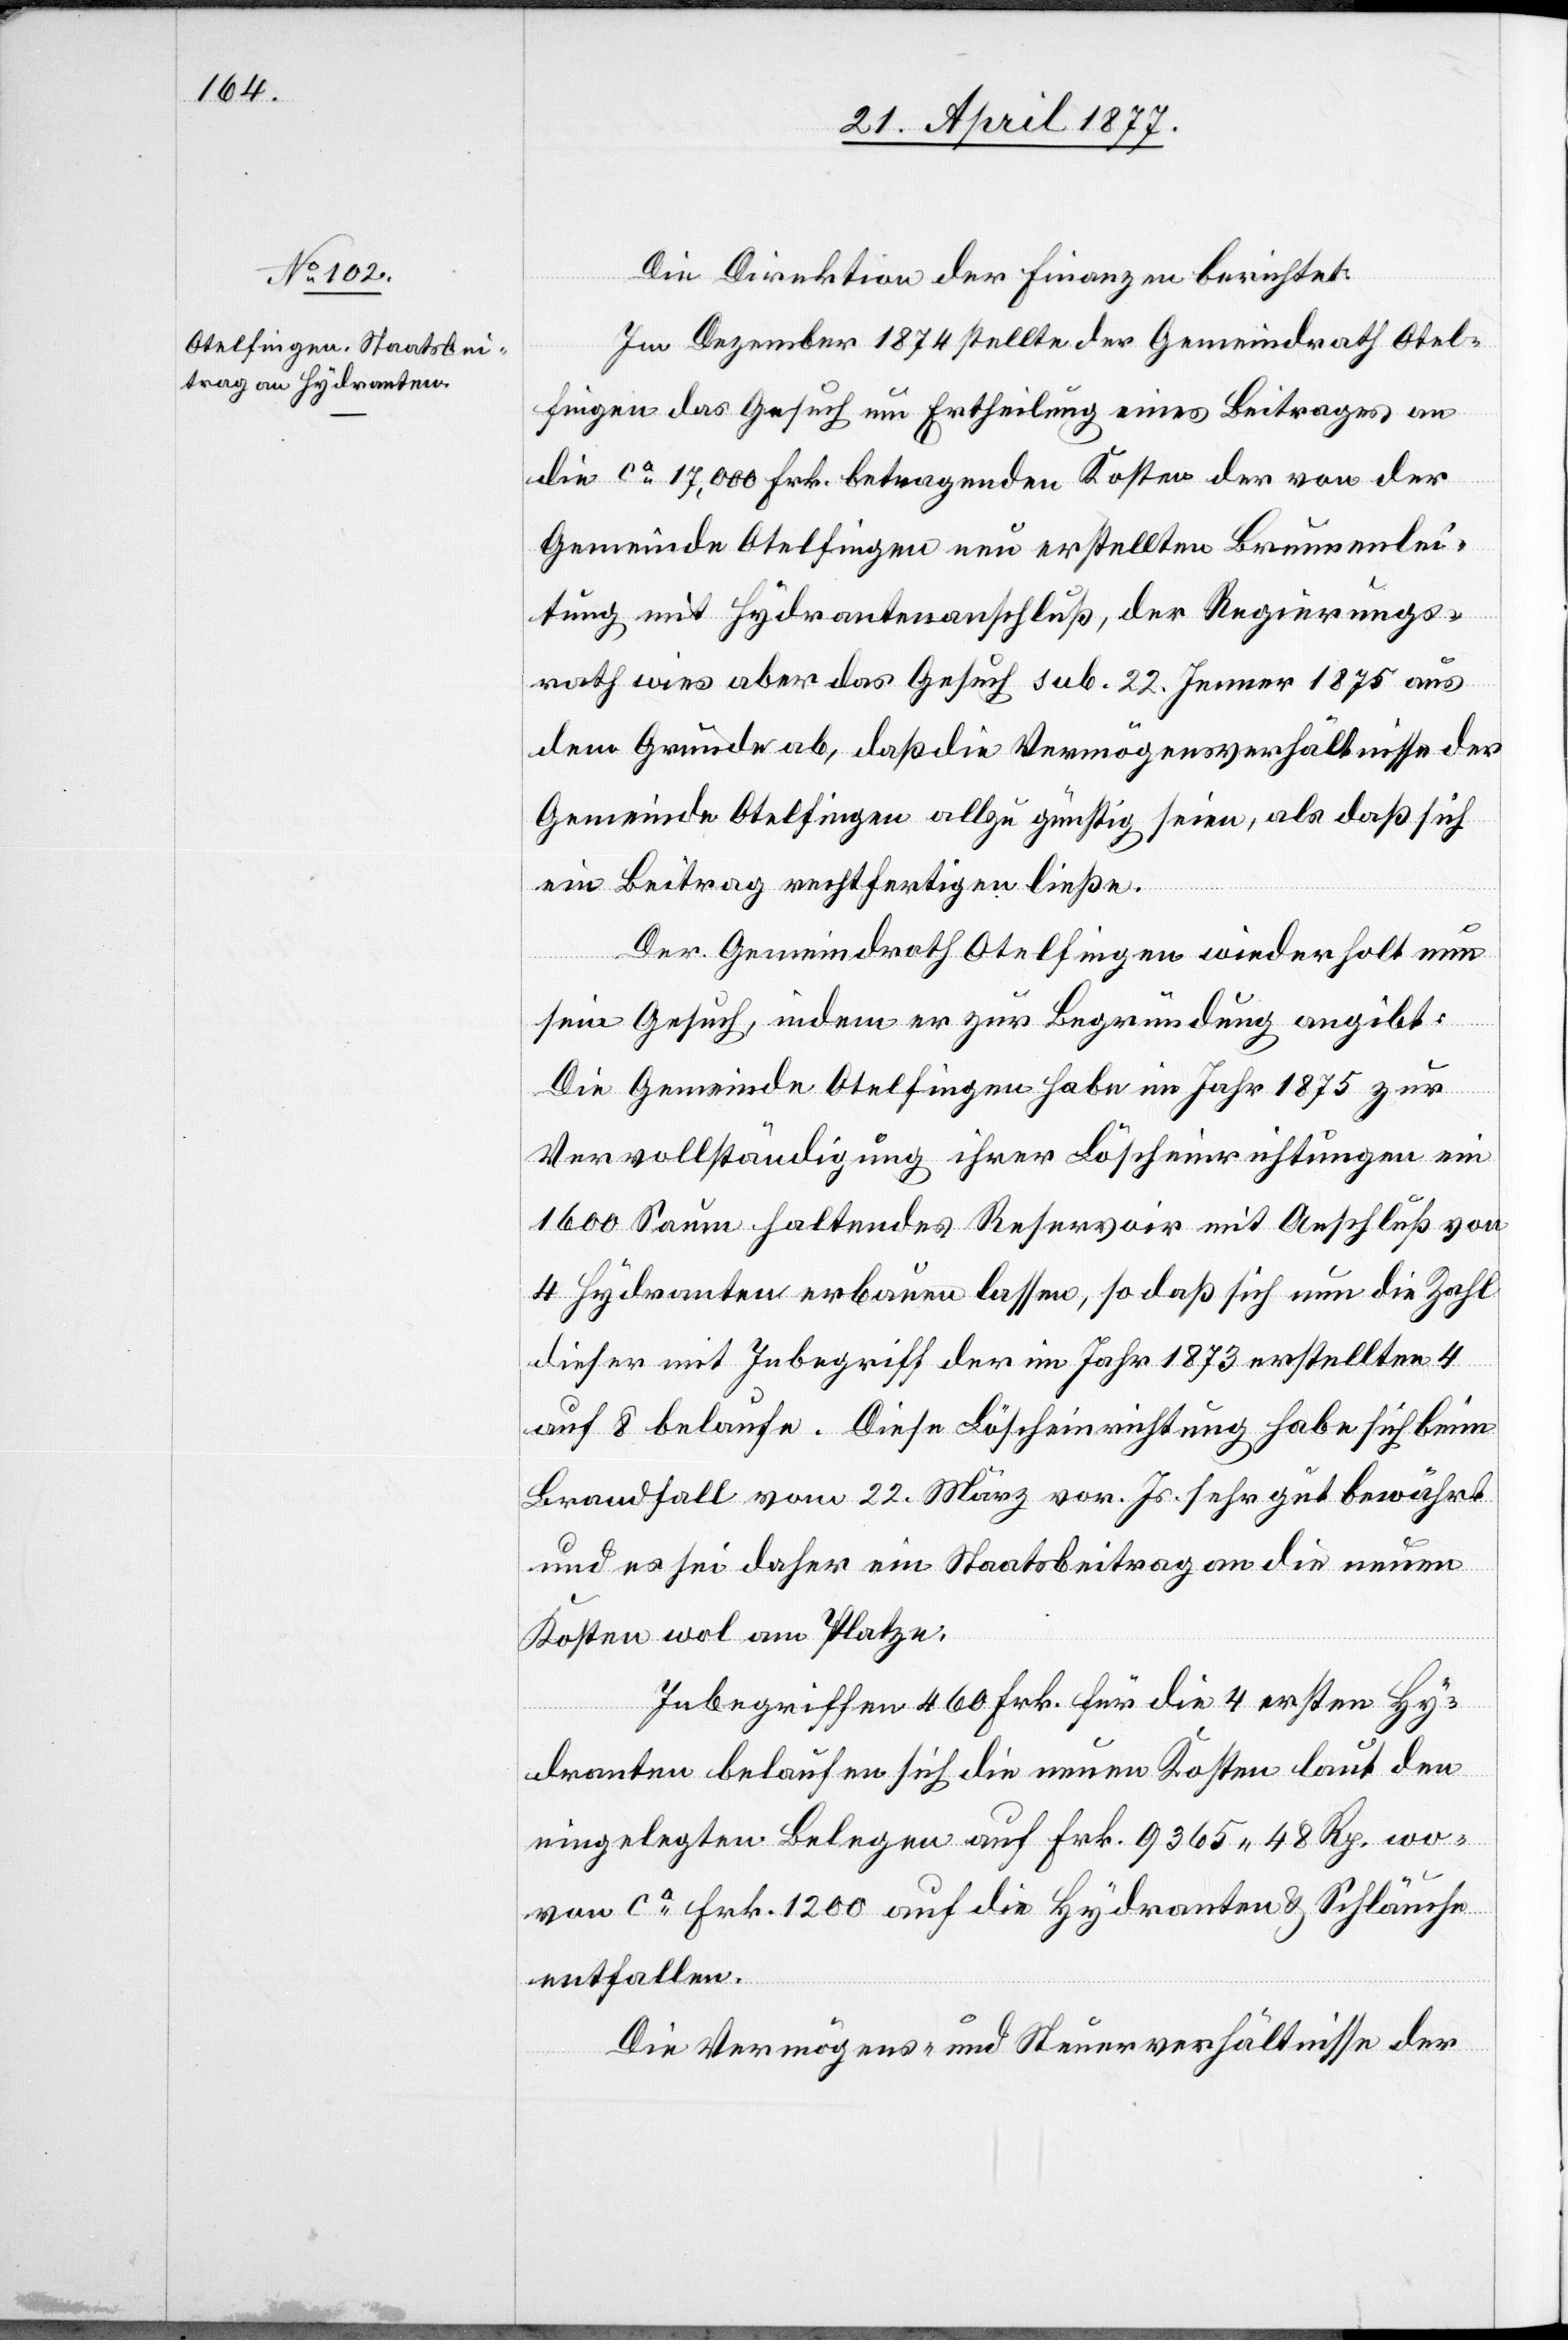
Die Direktion der Finanzen berichtet:
Im Dezember 1874 stellte der Gemeindrath Otel¬
fingen das Gesuch um Ertheilung eines Beitrages an
die ca 17,000 Frk. betragenden Kosten der von der
Gemeinde Otelfingen neu erstellten Brunnenlei¬
tung mit Hydrantenanschluß, der Regierungs¬
rath wies aber das Gesuch sub. 22. Jenner 1875 aus
dem Grunde ab, daß die Vermögensverhältnisse der
Gemeinde Otelfingen allzu günstig seien, als daß sich
ein Beitrag rechtfertigen ließe.
Der Gemeindrath Otelfingen wiederholt nun
sein Gesuch, indem er zur Begründung angibt:
Die Gemeinde Otelfingen habe im Jahr 1875 zur
Vervollständigung ihrer Löscheinrichtungen ein
1600 Saum haltendes Reservoir mit Anschluß von
4 Hydranten erbauen lassen, so daß sich nun die Zahl
dieser mit Inbegriff der im Jahr 1873 erstellten 4
auf 8 belaufe. Diese Löscheinrichtung habe sich beim
Brandfall vom 22. März vor. Js. sehr gut bewährt
und es sei daher ein Staatsbeitrag an die neuen
Kosten wol am Platze.
Inbegriffen 460 Frk. für die 4 ersten Hy¬
dranten belaufen sich die neuen Kosten laut den
eingelegten Belegen auf Frk. 9365 48 Rp. wo¬
von ca Frk. 1200 auf die Hydranten & Schläuche
entfallen.
Die Vermögens- und Steuerverhältnisse der